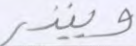
وينذر